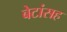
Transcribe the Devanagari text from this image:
बेटांसह